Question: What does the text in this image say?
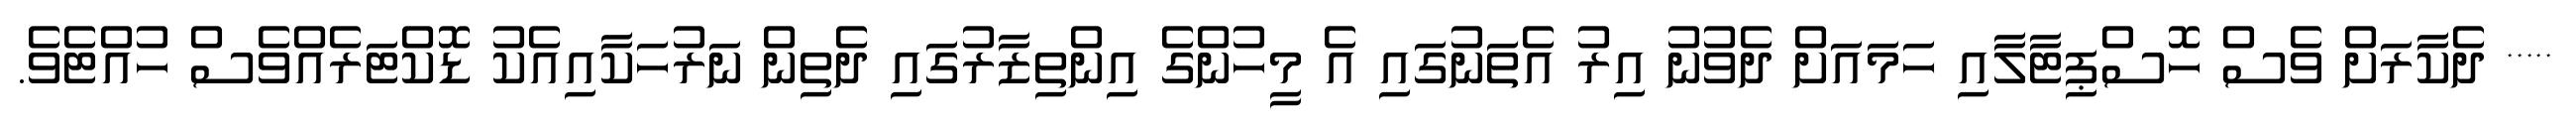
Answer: ***** ދެކާރަށް ވެސް ހޮސްޕިޓާލާއި ހަމައަށް ދެވުނު އިރު އެތަނުގައި އެ މީހުންގެ އިންތިޒާރުގައި ދެތިން ނަރުހަކާއިއެކު ޑޮކްޓަރެއްވެސް ހުއްޓެވެ.